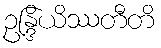
ဥန္ဒြိယိဿတီတိ